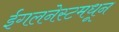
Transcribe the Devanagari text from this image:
ईगलनेस्टमधून